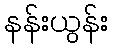
နန်းယွန်း